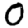
Digit: 0